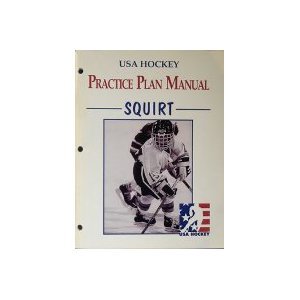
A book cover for Practice Plan Manual for Squirts: Philosophy, Areas of Development, Practice Plans, Drills; Dick Emahiser and Val Belmonte; Sports & Outdoors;